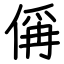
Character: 偁